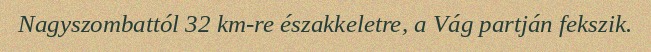
Nagyszombattól 32 km-re északkeletre, a Vág partján fekszik.